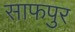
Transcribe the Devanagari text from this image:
साफपुर